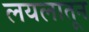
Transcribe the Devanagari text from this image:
लयलातून